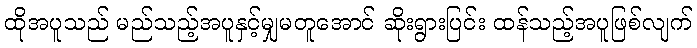
ထိုအပူသည် မည်သည့်အပူနှင့်မျှမတူအောင် ဆိုးရွားပြင်း ထန်သည့်အပူဖြစ်လျက်